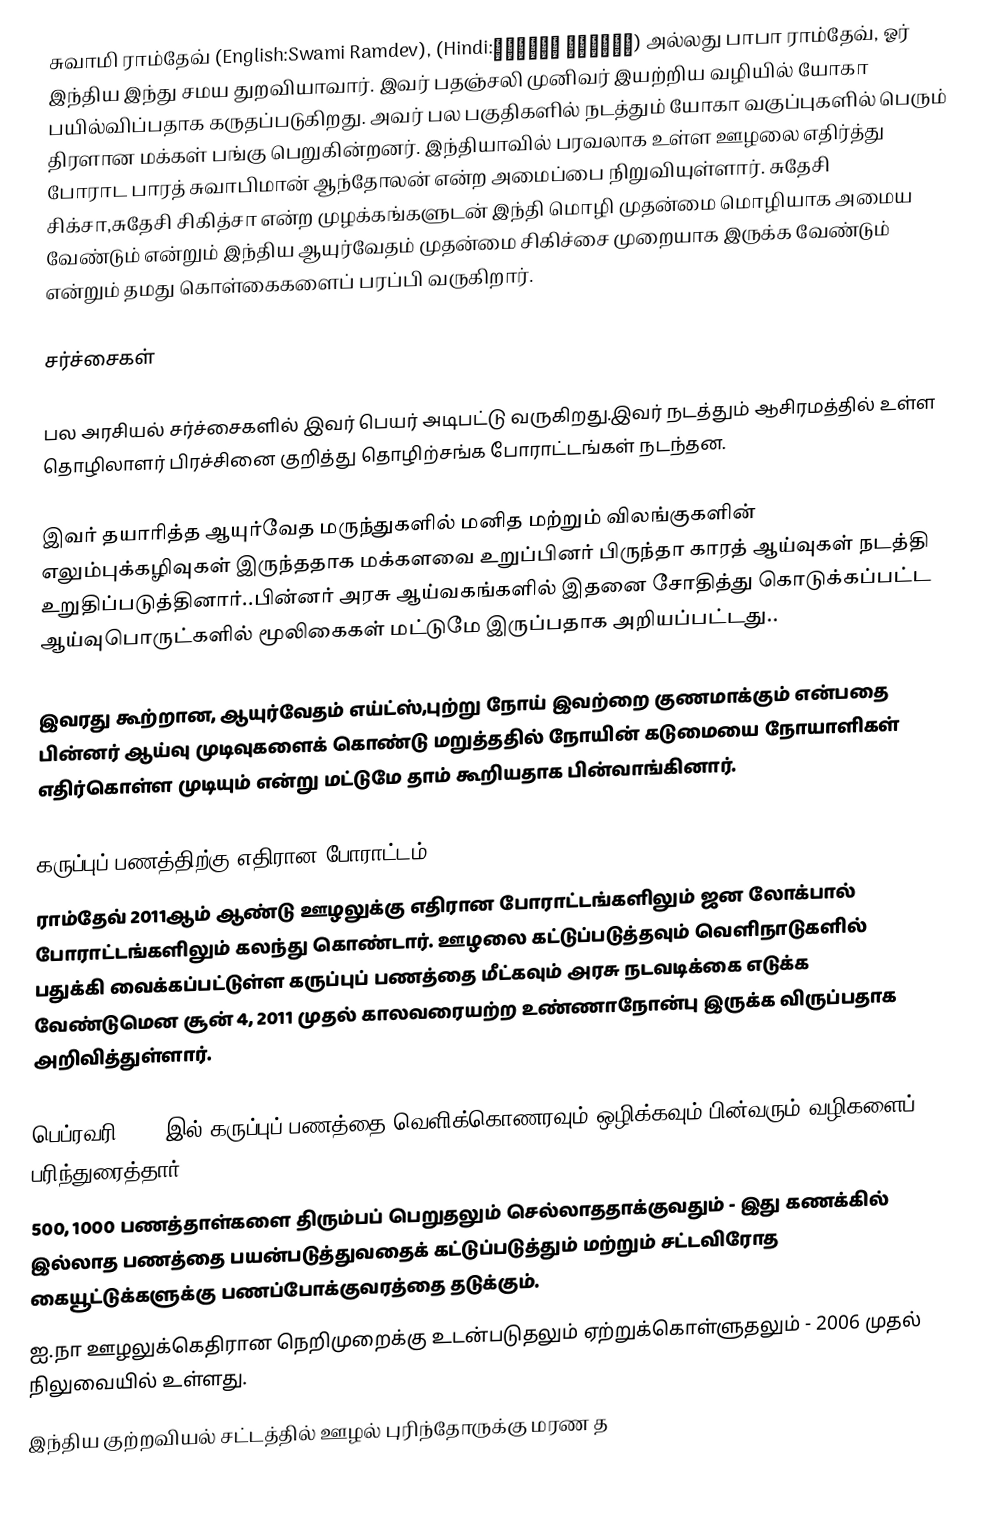
சுவாமி ராம்தேவ் (English:Swami Ramdev), (Hindi:स्वामी रामदेव) அல்லது பாபா ராம்தேவ், ஓர் இந்திய இந்து சமய துறவியாவார். இவர் பதஞ்சலி முனிவர் இயற்றிய  வழியில் யோகா பயில்விப்பதாக கருதப்படுகிறது. அவர் பல பகுதிகளில் நடத்தும் யோகா வகுப்புகளில் பெரும் திரளான மக்கள் பங்கு பெறுகின்றனர். இந்தியாவில் பரவலாக உள்ள ஊழலை எதிர்த்து போராட பாரத் சுவாபிமான் ஆந்தோலன் என்ற அமைப்பை நிறுவியுள்ளார். சுதேசி சிக்சா,சுதேசி சிகித்சா என்ற முழக்கங்களுடன் இந்தி மொழி முதன்மை மொழியாக அமைய வேண்டும் என்றும் இந்திய ஆயுர்வேதம் முதன்மை சிகிச்சை முறையாக இருக்க வேண்டும் என்றும் தமது கொள்கைகளைப் பரப்பி வருகிறார்.

சர்ச்சைகள்

பல அரசியல் சர்ச்சைகளில் இவர் பெயர் அடிபட்டு வருகிறது.இவர் நடத்தும் ஆசிரமத்தில் உள்ள தொழிலாளர் பிரச்சினை குறித்து தொழிற்சங்க போராட்டங்கள் நடந்தன.

இவர் தயாரித்த ஆயுர்வேத மருந்துகளில் மனித மற்றும் விலங்குகளின் எலும்புக்கழிவுகள் இருந்ததாக மக்களவை உறுப்பினர் பிருந்தா காரத் ஆய்வுகள் நடத்தி உறுதிப்படுத்தினார்..பின்னர் அரசு ஆய்வகங்களில் இதனை சோதித்து கொடுக்கப்பட்ட ஆய்வுபொருட்களில் மூலிகைகள் மட்டுமே இருப்பதாக அறியப்பட்டது..

இவரது கூற்றான, ஆயுர்வேதம் எய்ட்ஸ்,புற்று நோய் இவற்றை குணமாக்கும் என்பதை பின்னர் ஆய்வு முடிவுகளைக் கொண்டு மறுத்ததில் நோயின் கடுமையை நோயாளிகள் எதிர்கொள்ள முடியும் என்று மட்டுமே தாம் கூறியதாக பின்வாங்கினார்.

கருப்புப் பணத்திற்கு எதிரான போராட்டம்
ராம்தேவ் 2011ஆம் ஆண்டு ஊழலுக்கு எதிரான போராட்டங்களிலும் ஜன லோக்பால் போராட்டங்களிலும் கலந்து கொண்டார். ஊழலை கட்டுப்படுத்தவும் வெளிநாடுகளில் பதுக்கி வைக்கப்பட்டுள்ள கருப்புப் பணத்தை மீட்கவும்  அரசு நடவடிக்கை எடுக்க வேண்டுமென சூன் 4, 2011 முதல் காலவரையற்ற உண்ணாநோன்பு இருக்க விருப்பதாக அறிவித்துள்ளார்.

பெப்ரவரி, 2011இல் கருப்புப் பணத்தை வெளிக்கொணரவும் ஒழிக்கவும் பின்வரும் வழிகளைப் பரிந்துரைத்தார் :
  500, 1000 பணத்தாள்களை திரும்பப் பெறுதலும் செல்லாததாக்குவதும் - இது கணக்கில் இல்லாத பணத்தை பயன்படுத்துவதைக் கட்டுப்படுத்தும் மற்றும் சட்டவிரோத கையூட்டுக்களுக்கு பணப்போக்குவரத்தை தடுக்கும்.
 ஐ.நா ஊழலுக்கெதிரான நெறிமுறைக்கு உடன்படுதலும் ஏற்றுக்கொள்ளுதலும் - 2006 முதல் நிலுவையில் உள்ளது.
 இந்திய குற்றவியல் சட்டத்தில் ஊழல் புரிந்தோருக்கு மரண த